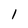
Character: 1